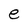
Character: e